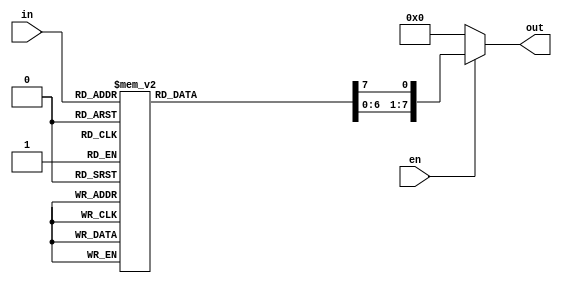
module decoder(in, out, en);
	input [2:0] in;
	input en;
	output reg [7:0] out;
	
	always @ (in or en) begin
		if(en) begin
			out = 0;
			case (in)
				3'b000: out[0] = 1;
				3'b001: out[1] = 1;
              			3'b010: out[2] = 1;
              			3'b011: out[3] = 1;
              			3'b100: out[4] = 1;
              			3'b101: out[5] = 1;
              			3'b110: out[6] = 1;
              			3'b111: out[7] = 1;
			endcase
		end
		else
			out = 0;
	end
	
endmodule